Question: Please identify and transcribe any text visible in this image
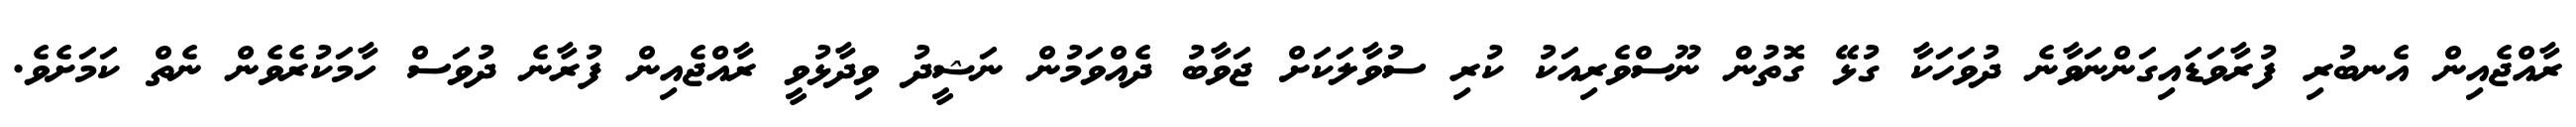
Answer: ރާއްޖެއިން އެނބުރި ފުރާވަޑައިގަންނަވާނެ ދުވަހަކާ ގުޅޭ ގޮތުން ނޫސްވެރިއަކު ކުރި ސުވާލަކަށް ޖަވާބު ދެއްވަމުން ނަޝީދު ވިދާޅުވީ ރާއްޖެއިން ފުރާނެ ދުވަސް ހާމަކުރެވެން ނެތް ކަމަށެވެ.